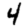
Digit: 4